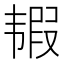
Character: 𩐀